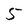
Character: 5